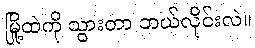
မြို့ထဲကို သွားတာ ဘယ်လိုင်းလဲ။